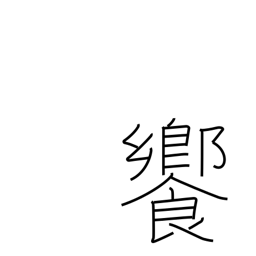
Meaning: banquet